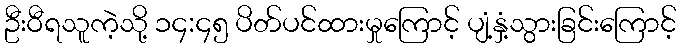
ဦးဝီရသူကဲ့သို့ ၁၄:၄၅ ပိတ်ပင်ထားမှုကြောင့် ပျံ့နှံ့သွားခြင်းကြောင့်